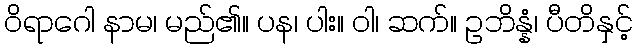
ဝိရာဂေါ နာမ၊ မည်၏။ ပန၊ ပါး။ ဝါ၊ ဆက်။ ဥဘိန္နံ၊ ပီတိနှင့်